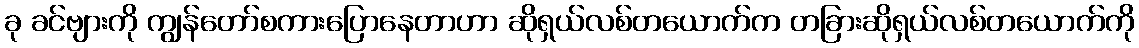
ခု ခင်ဗျားကို ကျွန်တော်စကားပြောနေတာဟာ ဆိုရှယ်လစ်တယောက်က တခြားဆိုရှယ်လစ်တယောက်ကို